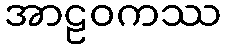
အာဠဝကဿ